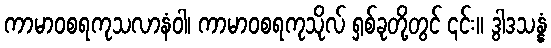
ကာမာဝစရကုသလာနံဝါ၊ ကာမာဝစရကုသိုလ် ရှစ်ခုတို့တွင် ၎င်း။ ဒွါဒသန္နံ